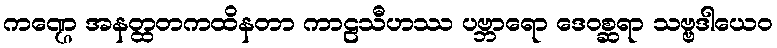
ကဏ္ဌေ အနတ္ထတကထိနတာ ကာဠသီဟဿ ပဗ္ဘာရော ဒေဝစ္ဆရာ သဗ္ဗဒါယေဝ